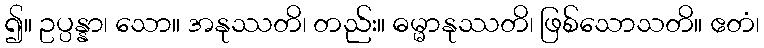
၍။ ဥပ္ပန္နာ၊ သော။ အနုဿတိ၊ တည်း။ ဓမ္မာနုဿတိ၊ ဖြစ်သောသတိ။ ဧတံ၊